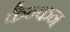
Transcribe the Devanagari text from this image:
कैन्कन